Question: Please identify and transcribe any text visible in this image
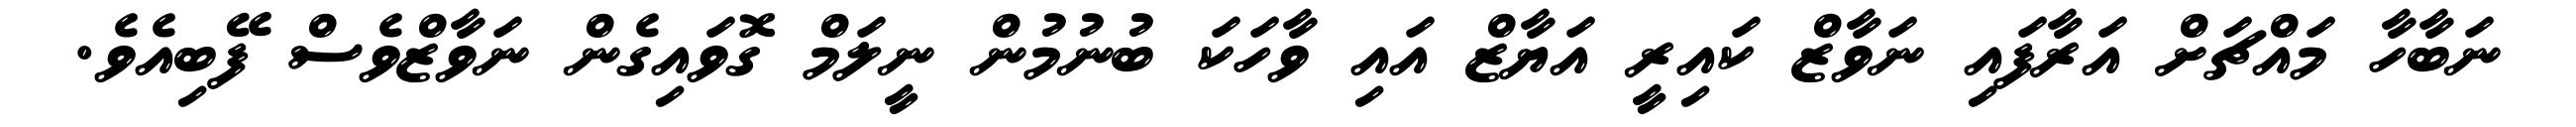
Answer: ނަބާހާ މައްޗަށް އަރާފައި ނަވާޒް ކައިރީ އަޔާޒް އައި ވާހަކަ ބުނުމުން ނީލަމް ގޮވައިގެން ނަވާޒްވެސް ފޭބިއެވެ.